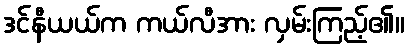
ဒင်နီယယ်က ကယ်လီအား လှမ်းကြည့်၏။